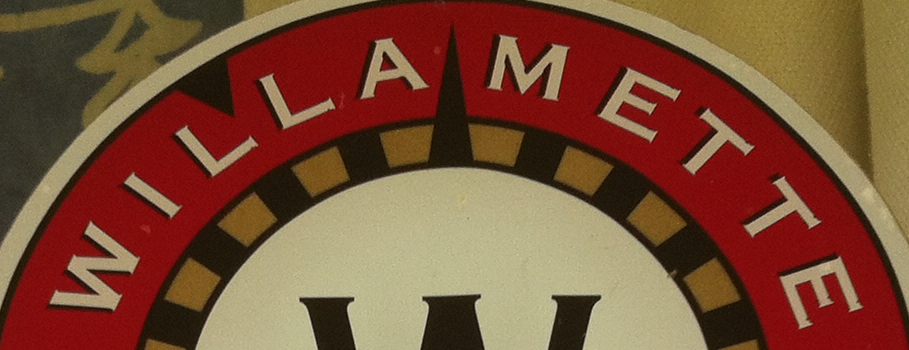
WILLA METTE